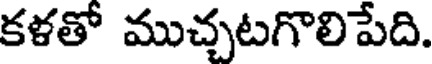
కళతో ముచ్చటగొలిపేది.